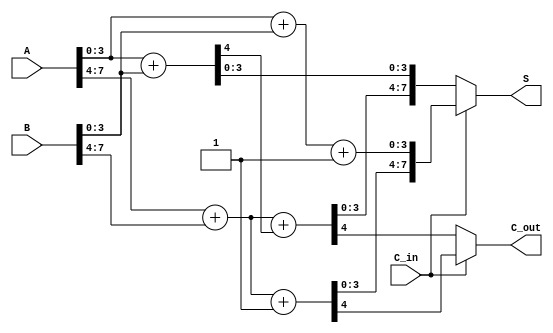
module carry_select_adder (
    input [7:0] A,        // 8-bit input A
    input [7:0] B,        // 8-bit input B
    input C_in,           // Carry-in
    output [7:0] S,       // 8-bit sum output
    output C_out          // Carry-out
);
    wire [3:0] S0, S1;    // Sums when C_in is 0
    wire C0, C1;          // Carry-out when C_in is 0
    wire [3:0] S0_p, S1_p; // Sums when C_in is 1
    wire C0_p, C1_p;      // Carry-out when C_in is 1

    // First block: A[3:0] + B[3:0]
    assign {C0, S0} = A[3:0] + B[3:0];      // Adder with C_in = 0
    assign {C0_p, S0_p} = A[3:0] + B[3:0] + 1; // Adder with C_in = 1

    // Second block: A[7:4] + B[7:4]
    assign {C1, S1} = A[7:4] + B[7:4] + C0; // Adder with C_in = 0
    assign {C1_p, S1_p} = A[7:4] + B[7:4] + 1; // Adder with C_in = 1

    // Final output selection based on C_in
    assign S = (C_in == 0) ? {S1, S0} : {S1_p, S0_p}; // Select sum based on C_in
    assign C_out = (C_in == 0) ? C1 : C1_p; // Select carry-out based on C_in

endmodule